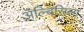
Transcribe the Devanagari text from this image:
ॲल्बिसिला